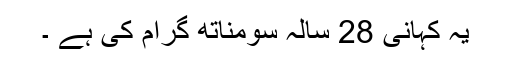
یہ کہانی 28 سالہ سومناتھ گرام کی ہے ۔